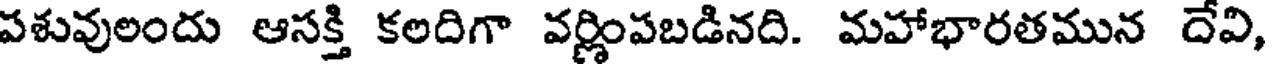
పశువులందు ఆసక్తి కలదిగా వర్ణింపబడినది. మహాభారతమున దేవి,